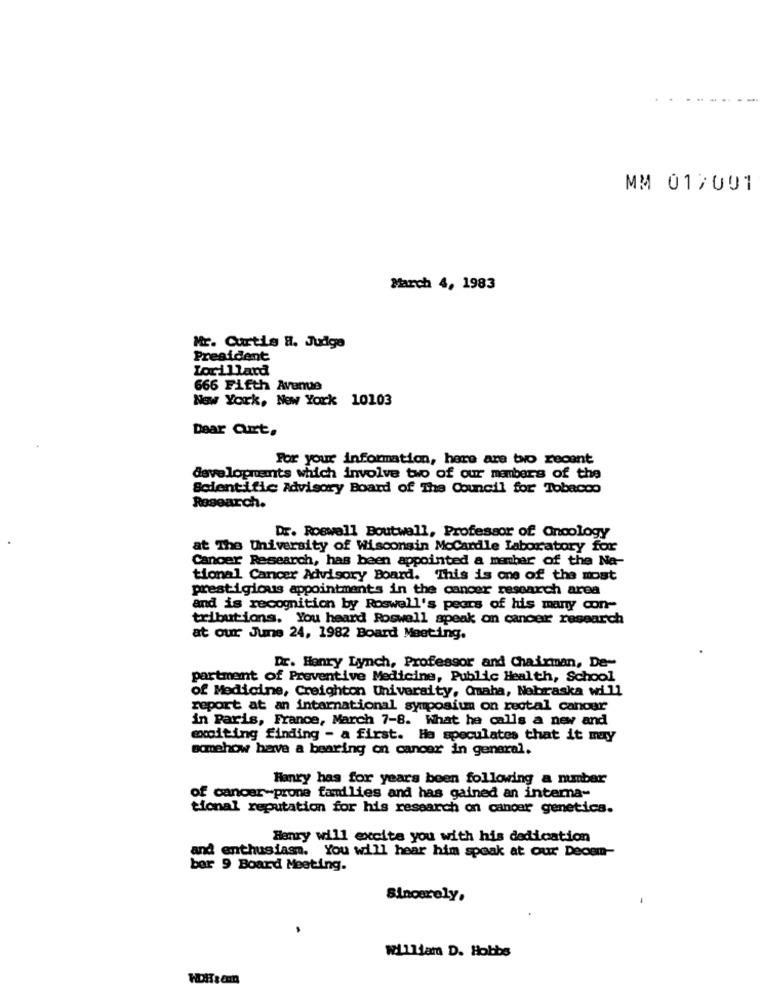
MM 01/001
March 4, 1983
Mr. Curtis H. Judge
President
Lorillard
666 Fifth Avenue
New York, New York 10103
Dear Curt.
For your information, here are two recent
developments which involve two of our members of the
Scientific Advisory Board of The Council for Tobacco
Research.
Dr. Roswell Boutwall, Professor of Oncology
at The University of Wisconsin MoCardle Laboratory for
Cancer Research, has been appointed a member of the Na-
tional Cancer Advisory Board. This is one of the most
prestigious appointments in the cancer research area
and is recognition by Roswell's pears of his many con-
tributions. You heard Roswell speak on cancer research
at our June 24, 1982 Board Meeting.
Dr. Henry Lynch, Professor and Chairman, De-
partment of Preventive Medicine, Public Health, School
of Medicine, Creighton University, Omaha, Nebraska will
report at an international symposium on rectal cancer
in Paris, France, March 7-8. What he calls a new and
exciting finding - a first. Ha speculates that it may
somehow have a bearing on cancer in general.
Henry has for years been following a number
of cancer-prone families and has gained an interna-
tional reputation for his research on cancer genetics.
Henry will excite you with his dedication
and enthusiasm. You will hear him speak at our Decam-
bor 9 Board Meeting.
Sincerely,
William D. Hobbs